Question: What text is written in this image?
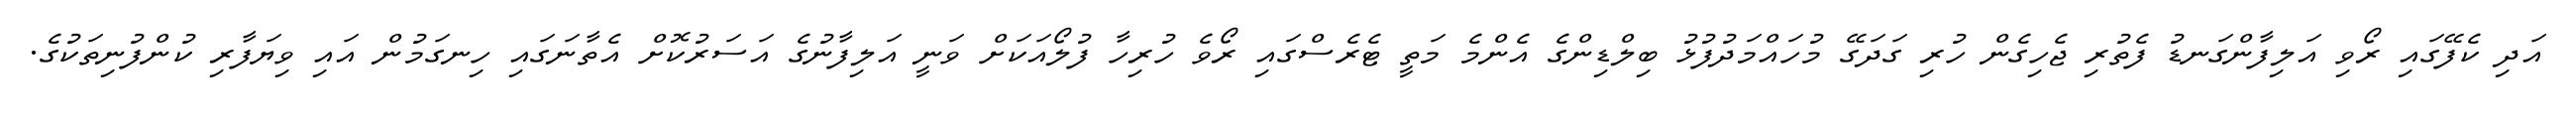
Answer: އަދި ކެފޭގައި ރޯވި އަލިފާންގަނޑު ފެތުރި ޖެހިގެން ހުރި ގަދަގޭ މުހައްމަދުފުޅު ބިލްޑިންގެ އެންމެ މަތީ ޓެރެސްގައި ރޯވެ ހުރިހާ ފުލޯއަކަށް ވަނީ އަލިފާނުގެ އަސަރުކޮށް އެތާނަގައި ހިނގަމުން އައި ވިޔަފާރި ކުންފުނިތަކުގެ.